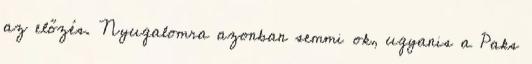
az előzés. Nyugalomra azonban semmi ok, ugyanis a Paks